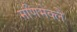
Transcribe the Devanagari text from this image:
मणिमेक्लै